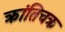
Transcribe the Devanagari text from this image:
क्रांतिचक्र